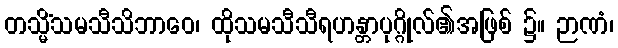
တသ္မိံသမသီသိဘာဝေ၊ ထိုသမသီသီရဟန္တာပုဂ္ဂိုလ်၏အဖြစ် ၌။ ဉာဏံ၊